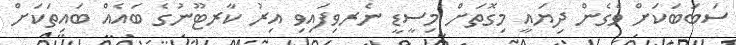
ސަބަބަކަށް ވެގެން ދިޔައީ މިގޮތަށް މިސީޑީ ނެރވިފައިވި އިރު ކާރޓޫނުގެ ބައެއް ބައިތަކަށް